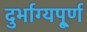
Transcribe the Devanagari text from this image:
दुर्भाग्यपू्‌र्ण